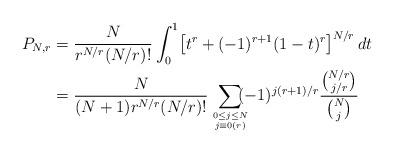
LaTeX: \begin{align*}\begin{aligned}P_{N,r}&=\frac{N}{r^{N/r}(N/r)!}\int_0^1\bigl[t^r+(-1)^{r+1}(1-t)^r\bigr]^{N/r}\,dt\\&=\frac{N}{(N+1)r^{N/r}(N/r)!}\sum_{0\le j\le N\atop j\equiv 0(r)}\!\!\!\!(-1)^{j(r+1)/r}\frac{\binom{N/r}{j/r}}{\binom{N}{j}}\\\end{aligned}\end{align*}